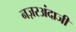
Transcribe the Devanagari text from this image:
नज़रअंदाजी